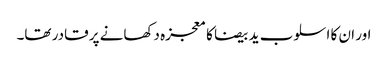
اور ان کا اسلوب ید بیضا کا معجزہ دکھانے پر قادر تھا۔